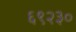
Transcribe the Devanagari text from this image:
६९२३०